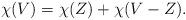
LaTeX: \begin{align*}\chi(V) = \chi(Z) + \chi(V - Z).\end{align*}